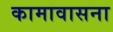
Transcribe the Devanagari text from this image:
कामावासना